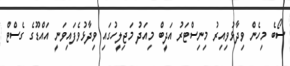
ސޯބެ މިހެން ވިދާޅުވިއިރު މިނިސްޓަރު އަދީބް މިއަދު މަޖިލީހުގައި ވިދާޅުވެފައިވަނީ އައްޑޫގެ ގެސްޓް